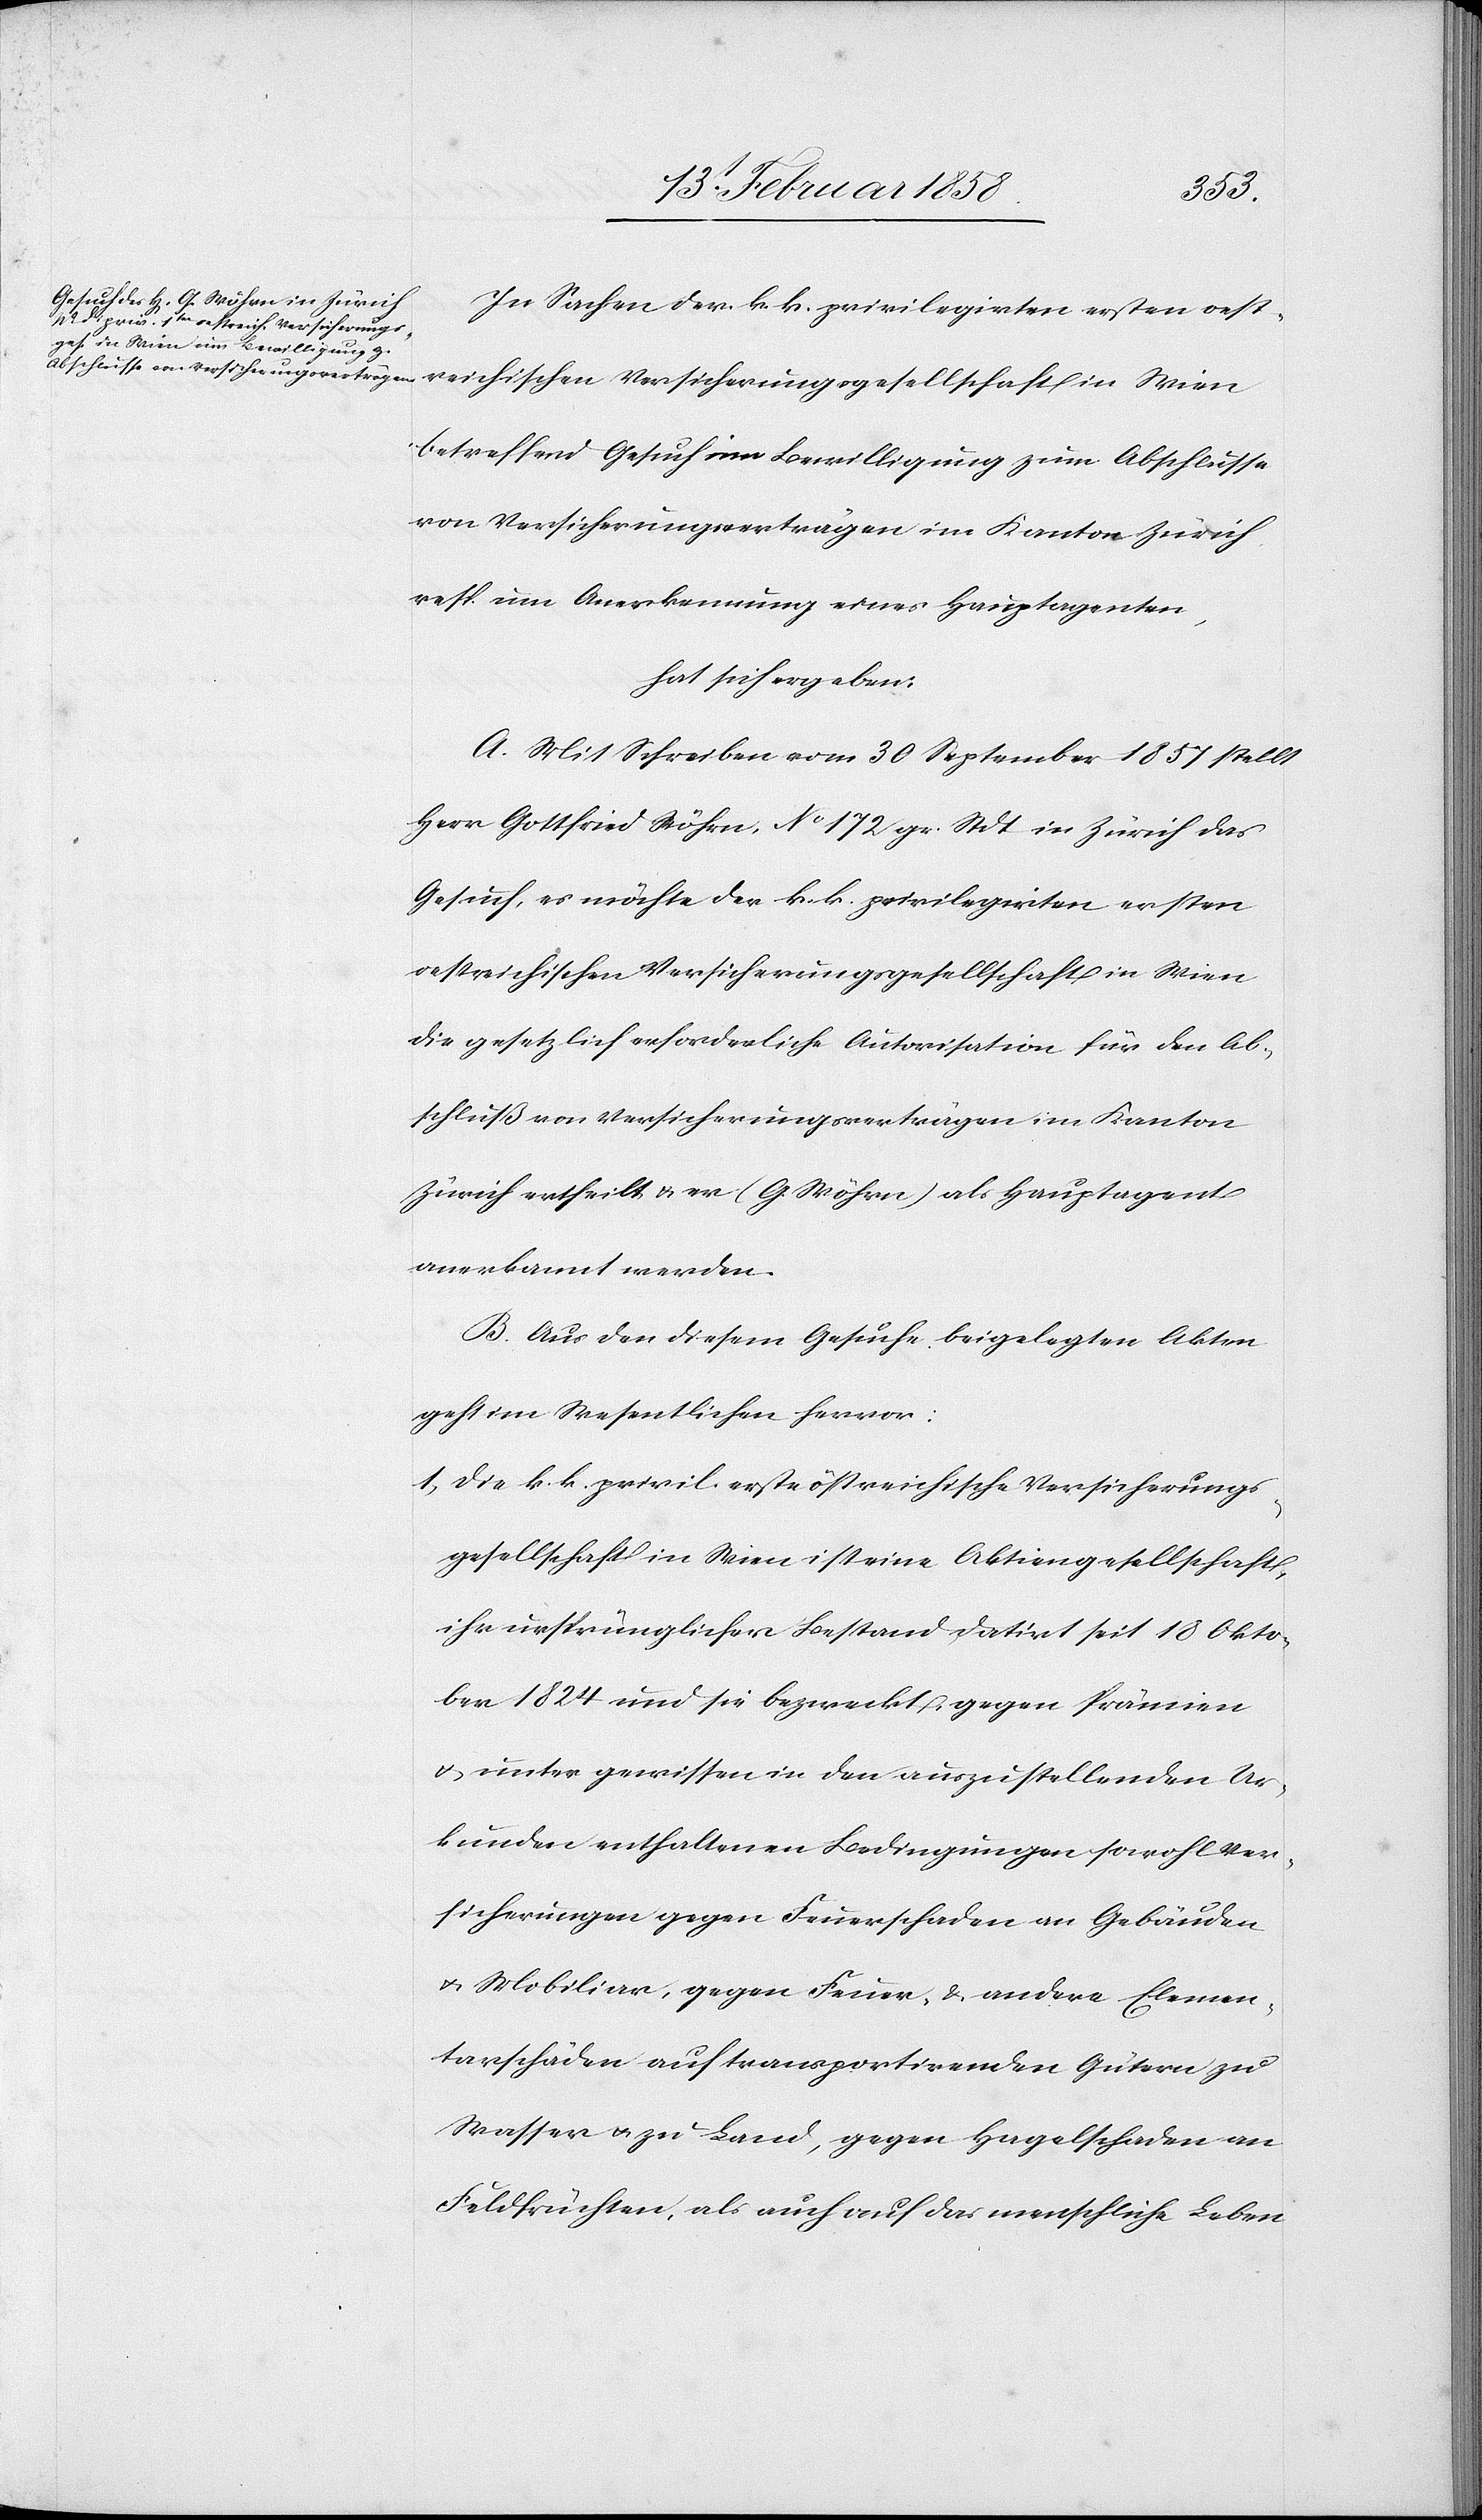
In Sachen der k. k. privilegirten ersten oest¬
reichischen Versicherungsgesellschaft in Wien
betreffend Gesuch um Bewilligung zum Abschlusse
von Versicherungsverträgen im Kanton Zürich
resp. um Anerkennung eines Hauptagenten,
hat sich ergeben:
A. Mit Schreiben vom 30 September 1857 stellt
Herr Gottfried Wöhrn, No 172 gr. Stdt in Zürich das
Gesuch, es möchte der k. k. privilegirten ersten
oestreichischen Versicherungsgesellschaft in Wien
die gesetzlich erforderliche Autorisation für den Ab¬
schluß von Versicherungsverträgen im Kanton
Zürich ertheilt u. er (G. Wöhrn) als Hauptagent
anerkannt werden.
B. Aus den diesem Gesuche beigelegten Akten
geht im Wesentlichen hervor:
1. Die k. k. privil. erste östreichische Versicherungs¬
gesellschaft in Wien ist eine Aktiengesellschaft,
ihr ursprünglicher Bestand datirt seit 18 Okto¬
ber 1824 und sie bezweckt gegen Prämien
u. unter gewissen in den auszustellenden Ur¬
kunden enthaltenen Bedingungen sowohl Ver¬
sicherungen gegen Feuerschaden an Gebäuden
u. Mobiliar, gegen Feuer- & andere Elemen¬
tarschäden auf transportirenden Gütern zu
Wasser u. zu Land, gegen Hagelschaden an
Feldfrüchten, als auch auf das menschliche Leben